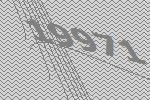
19971